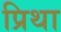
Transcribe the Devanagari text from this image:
प्रिथा